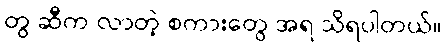
တွ ဆီက လာတဲ့ စကားတွေ အရ သိရပါတယ်။